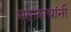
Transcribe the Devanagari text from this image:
महाशयांनी